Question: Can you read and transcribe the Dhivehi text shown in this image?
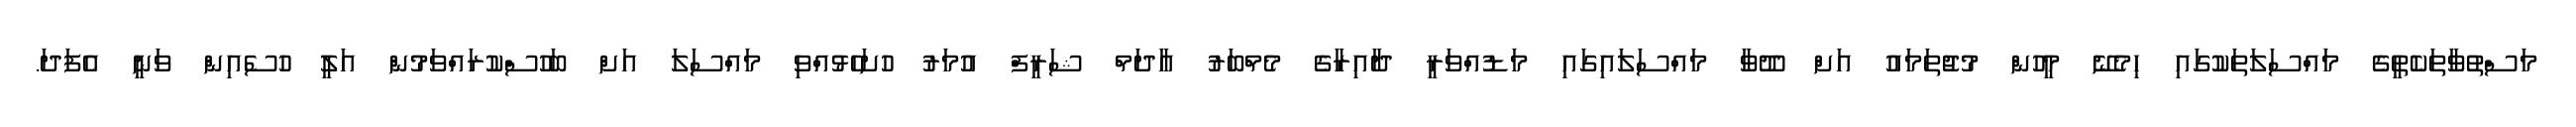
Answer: މަސްތުވާތަކެތީގެ މައްސަލަތަކުގައި ހިމެނޭ މީހުން މުޖުތަމައު އަށް ދޫވާ މައްސަލައިގައި މަޑުއްވަރީ ދާއިރާގެ މެމްބަރު އާދަމް ޝަރީފް އުމަރު ހުށަހެޅުއްވި މައްސަލަ އަށް ބަހުސްކުރައްވަމުން އަލީ ހުސެއިން ވަނީ އެފަދަ.